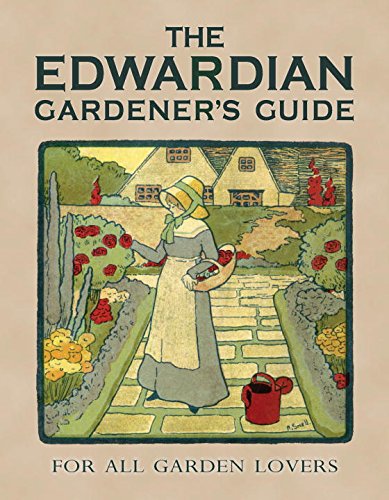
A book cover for The Edwardian Gardener's Guide: For All Garden Lovers (Old House); Twigs Way; Crafts, Hobbies & Home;